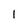
Character: 1